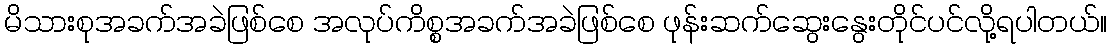
မိသားစုအခက်အခဲဖြစ်စေ အလုပ်ကိစ္စအခက်အခဲဖြစ်စေ ဖုန်းဆက်ဆွေးနွေးတိုင်ပင်လို့ရပါတယ်။